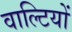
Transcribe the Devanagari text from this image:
वाल्टियों